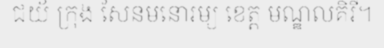
ជយ័ ក្រុង សែនមនោរម្យ ខេត្ត មណ្ឌលគិរី។